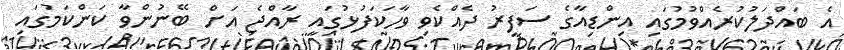
އެ ބައްދަލުކުރެއްވުމުގައި އިންޑިއާގެ ސަފީރު ދެއްކެވި ވާހަކަފުޅުގައި ރާއްޖެ އަށް ބޭނުންވާ ކަންކަމުގައި